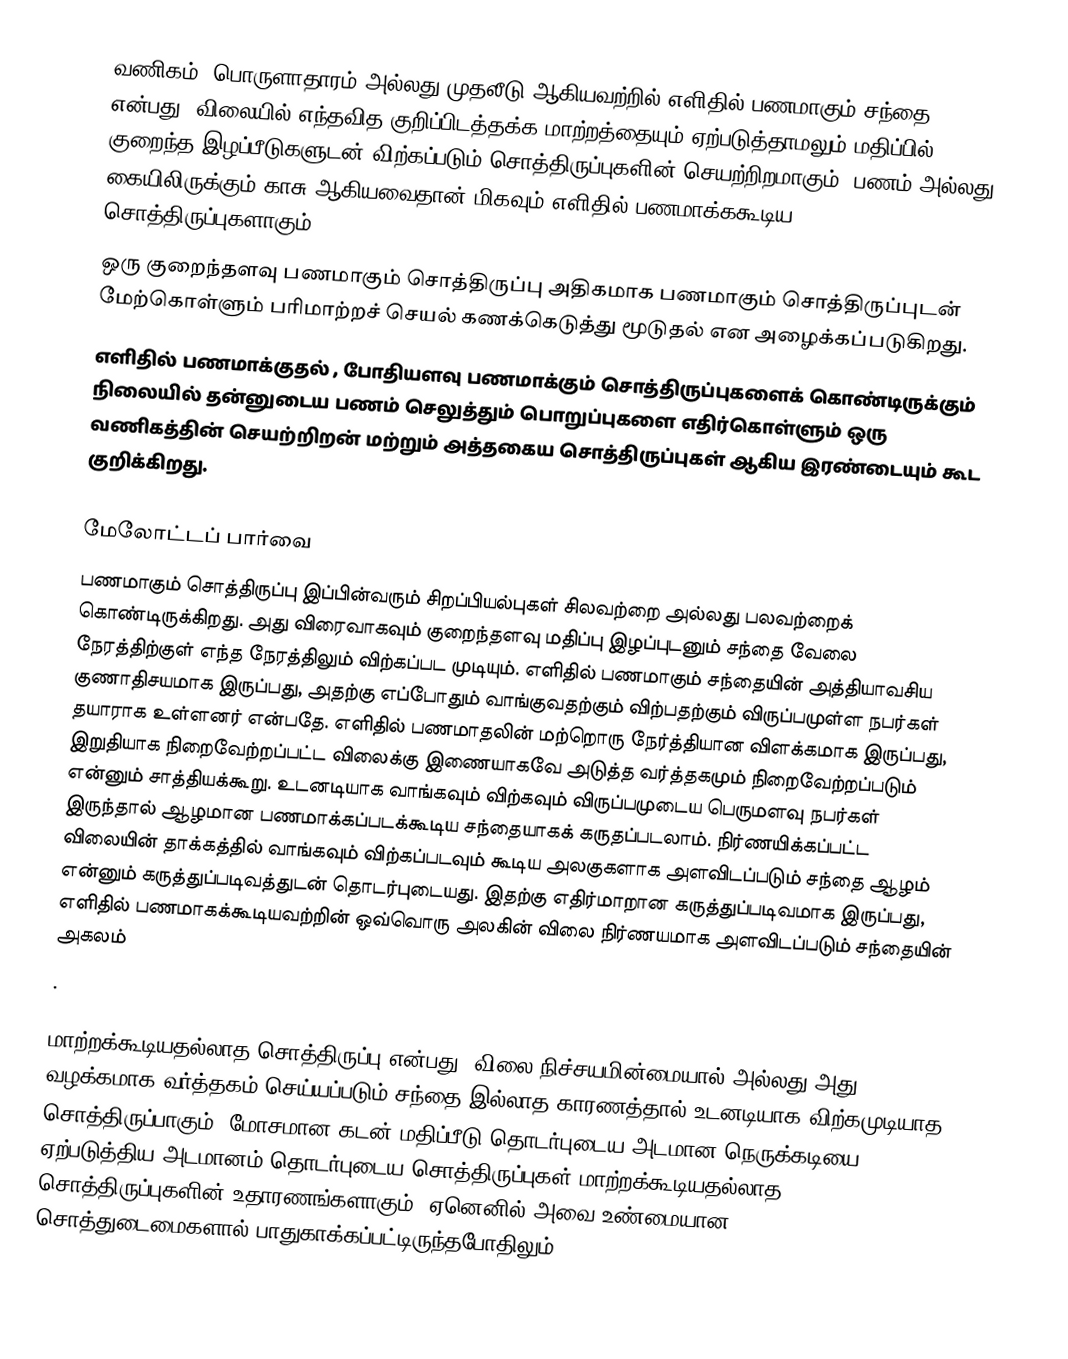
வணிகம், பொருளாதாரம் அல்லது முதலீடு ஆகியவற்றில் எளிதில் பணமாகும் சந்தை  என்பது, விலையில் எந்தவித குறிப்பிடத்தக்க மாற்றத்தையும் ஏற்படுத்தாமலும் மதிப்பில் குறைந்த இழப்பீடுகளுடன் விற்கப்படும் சொத்திருப்புகளின் செயற்றிறமாகும். பணம் அல்லது கையிலிருக்கும் காசு ஆகியவைதான் மிகவும் எளிதில் பணமாக்ககூடிய சொத்திருப்புகளாகும்.
ஒரு குறைந்தளவு பணமாகும் சொத்திருப்பு அதிகமாக பணமாகும் சொத்திருப்புடன் மேற்கொள்ளும் பரிமாற்றச் செயல் கணக்கெடுத்து மூடுதல்  என அழைக்கப்படுகிறது.
எளிதில் பணமாக்குதல் , போதியளவு பணமாக்கும் சொத்திருப்புகளைக் கொண்டிருக்கும் நிலையில் தன்னுடைய பணம் செலுத்தும் பொறுப்புகளை எதிர்கொள்ளும் ஒரு வணிகத்தின் செயற்றிறன் மற்றும் அத்தகைய சொத்திருப்புகள் ஆகிய இரண்டையும் கூட குறிக்கிறது.

மேலோட்டப் பார்வை
பணமாகும் சொத்திருப்பு இப்பின்வரும் சிறப்பியல்புகள் சிலவற்றை அல்லது பலவற்றைக் கொண்டிருக்கிறது. அது விரைவாகவும் குறைந்தளவு மதிப்பு இழப்புடனும் சந்தை வேலை நேரத்திற்குள் எந்த நேரத்திலும் விற்கப்பட முடியும். எளிதில் பணமாகும் சந்தையின் அத்தியாவசிய குணாதிசயமாக இருப்பது, அதற்கு எப்போதும் வாங்குவதற்கும் விற்பதற்கும் விருப்பமுள்ள நபர்கள் தயாராக உள்ளனர் என்பதே. எளிதில் பணமாதலின் மற்றொரு நேர்த்தியான விளக்கமாக இருப்பது, இறுதியாக நிறைவேற்றப்பட்ட விலைக்கு இணையாகவே அடுத்த வர்த்தகமும் நிறைவேற்றப்படும் என்னும் சாத்தியக்கூறு. உடனடியாக வாங்கவும் விற்கவும் விருப்பமுடைய பெருமளவு நபர்கள் இருந்தால் ஆழமான பணமாக்கப்படக்கூடிய சந்தையாகக் கருதப்படலாம். நிர்ணயிக்கப்பட்ட விலையின் தாக்கத்தில் வாங்கவும் விற்கப்படவும் கூடிய அலகுகளாக அளவிடப்படும் சந்தை ஆழம் என்னும் கருத்துப்படிவத்துடன் தொடர்புடையது. இதற்கு எதிர்மாறான கருத்துப்படிவமாக இருப்பது, எளிதில் பணமாகக்கூடியவற்றின் ஒவ்வொரு அலகின் விலை நிர்ணயமாக அளவிடப்படும் சந்தையின் அகலம்
.

மாற்றக்கூடியதல்லாத சொத்திருப்பு என்பது, விலை நிச்சயமின்மையால் அல்லது அது வழக்கமாக வர்த்தகம் செய்யப்படும் சந்தை இல்லாத காரணத்தால் உடனடியாக விற்கமுடியாத சொத்திருப்பாகும். மோசமான கடன் மதிப்பீடு தொடர்புடைய அடமான நெருக்கடியை ஏற்படுத்திய அடமானம் தொடர்புடைய சொத்திருப்புகள் மாற்றக்கூடியதல்லாத சொத்திருப்புகளின் உதாரணங்களாகும், ஏனெனில் அவை உண்மையான சொத்துடைமைகளால் பாதுகாக்கப்பட்டிருந்தபோதிலும்